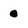
Character: o